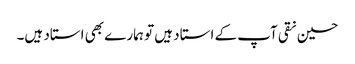
حسین نقی آپ کے استاد ہیں تو ہمارے بھی استاد ہیں۔